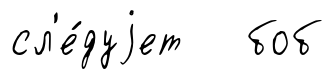
сл'е́дуjет боб